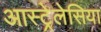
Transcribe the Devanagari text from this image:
आस्ट्रेलेसिया